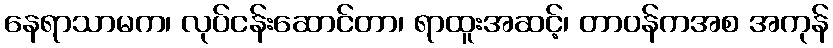
နေရာသာမက၊ လုပ်ငန်းဆောင်တာ၊ ရာထူးအဆင့်၊ တာဝန်ကအစ အကုန်